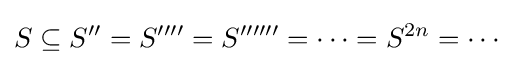
S\subseteq S^{\prime \prime }=S^{\prime \prime \prime \prime }=S^{\prime \prime \prime \prime \prime \prime }=\cdots =S^{2n}=\cdots